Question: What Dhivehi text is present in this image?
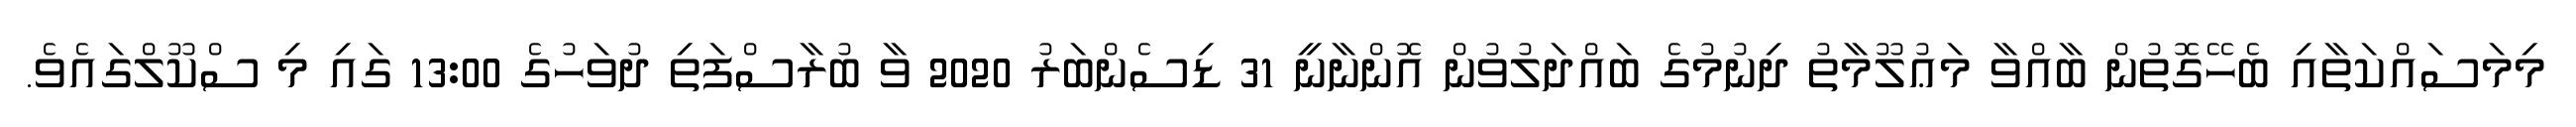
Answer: މިމަސައްކަތާއި ބެހޭގޮތުން ބާއްވާ މަޢުލޫމާތު ދިނުމުގެ ބައްދަލުވުން އޮންނާނީ 31 ޑިސެންބަރު 2020 ވާ ބުރާސްފަތި ދުވަހުގެ 13:00 ގައި މި ސްކޫލްގައެވެ.